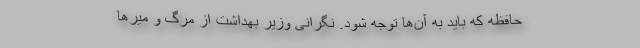
حافظه که باید به آن‌ها توجه شود. نگرانی وزیر بهداشت از مرگ و میرها